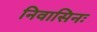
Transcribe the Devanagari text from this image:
निवासिनः